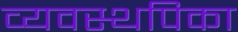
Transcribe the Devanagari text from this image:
व्यवस्थपिका